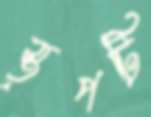
স্তূপটি